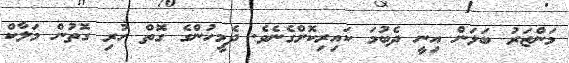
މަންޒަރު ބަލަން އިނީ ދެބުމަ ކައިރިކޮށްގެނެވެ. ދެމީހުންގެ ގޮތް ހުރި ގޮތުން މަލާކް